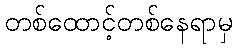
တစ်ထောင့်တစ်နေရာမှ